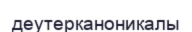
деутерканоникалы